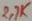
Text: 2,7K